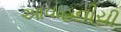
આવાહનીચી